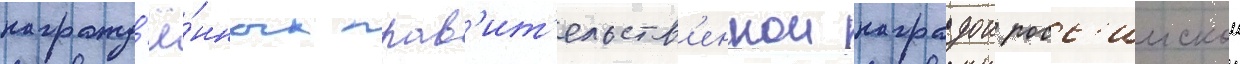
награжд'ё́нных прав'ит'ельств'еннои наградои росс'иискои